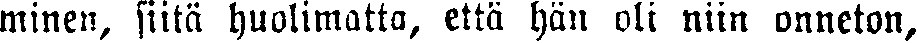
minen, siitä huolimatta, että hän oli niin onneton,